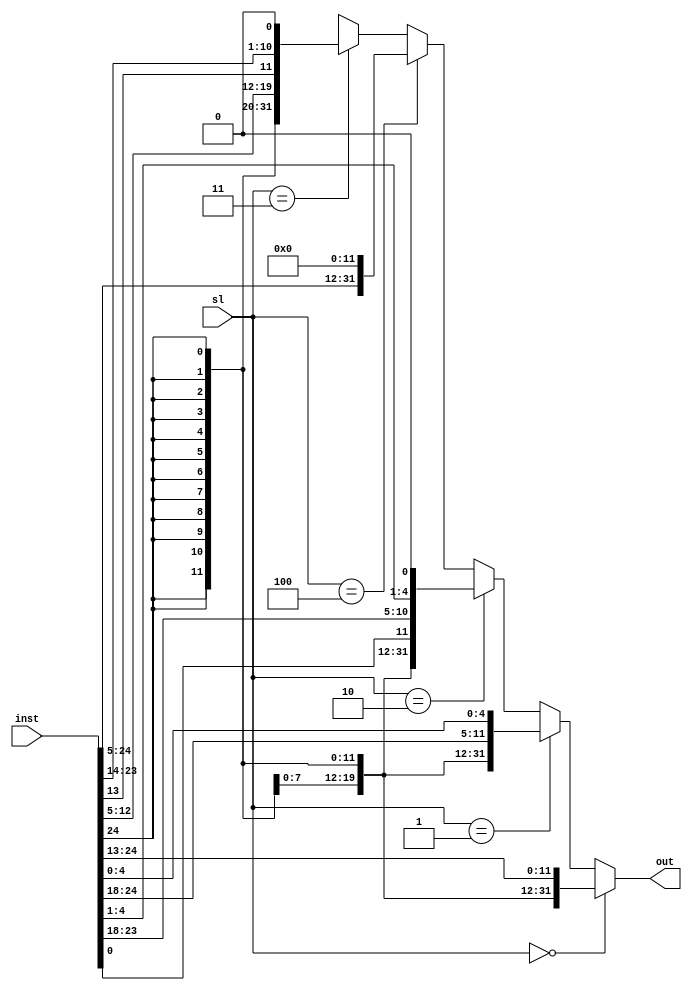
module extend(inst, sl, out);
        input [31:7] inst;
        input [2:0] sl;
        output [31:0] out;
        
        assign out = 
                sl == 3'b000 ? {{21{inst[31]}}, inst[30:20]} : // I-Type
                sl == 3'b001 ? {{21{inst[31]}}, inst[30:25], inst[11:7]} : // S-Type
                sl == 3'b010 ? {{20{inst[31]}}, inst[7], inst[30:25], inst[11:8], 1'b0} : // B-Type
                sl == 3'b100 ? {inst[31], inst[30:20], inst[19:12], 12'b0} : // U-Type
                sl == 3'b011 ?  {{12{inst[31]}}, inst[19:12], inst[20], inst[30:25], inst[24:21], 1'b0} : // J-Type
                32'bx;
endmodule